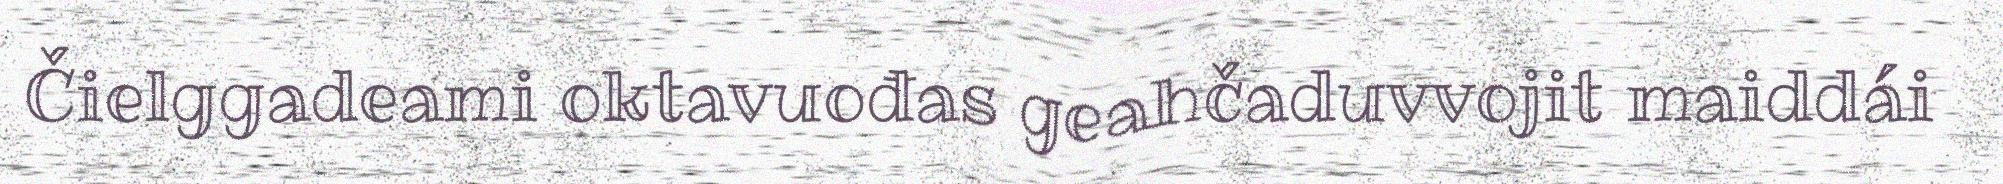
Čielggadeami oktavuođas geahčaduvvojit maiddái